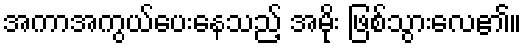
အကာအကွယ်ပေးနေသည့် အမိုး ဖြစ်သွားလေ၏။